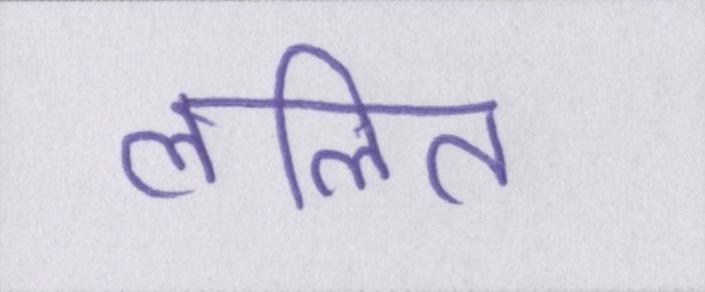
ललित